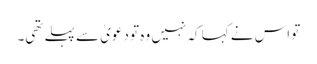
تو اس نے کہا کہ نہیں وہ تو دعویٰ سے پہلے تھی۔